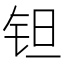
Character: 钽